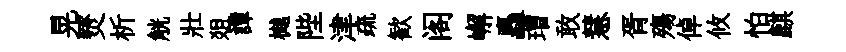
晃燹析觥壯爼譚樾陛津疏歓阁嶰矗瑁敢慧胥殤倬攸怕麒